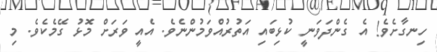
ހިނގާށެވެ! އެ ގެންދަވަނީ ކުޅިބައި އަތުރުއްވަމުންނެވެ. އެއީ ވަރަށް މޮޅު ގޭމެކެވެ. މި